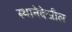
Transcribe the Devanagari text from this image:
स्थानेदेखील